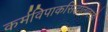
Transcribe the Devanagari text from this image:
कर्मविपाकसिद्धांतावरही